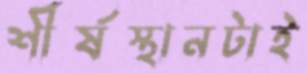
শীর্ষস্থানটাই